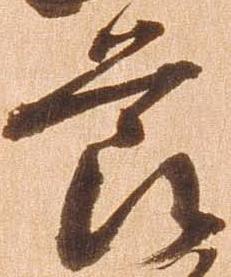
節